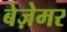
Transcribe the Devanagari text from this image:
बेज़ेमर